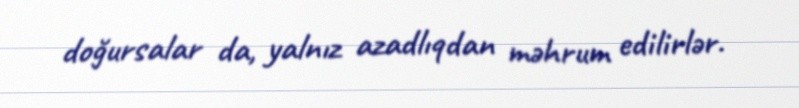
doğursalar da, yalnız azadlıqdan məhrum edilirlər.